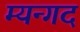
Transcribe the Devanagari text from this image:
म्यन्गद